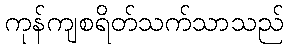
ကုန်ကျစရိတ်သက်သာသည်